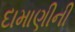
દામાણીની